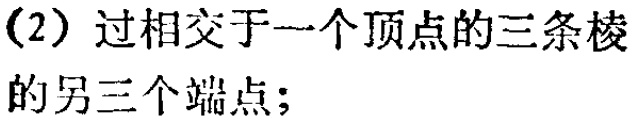
（2）过相交于一个顶点的三条棱的另三个端点；